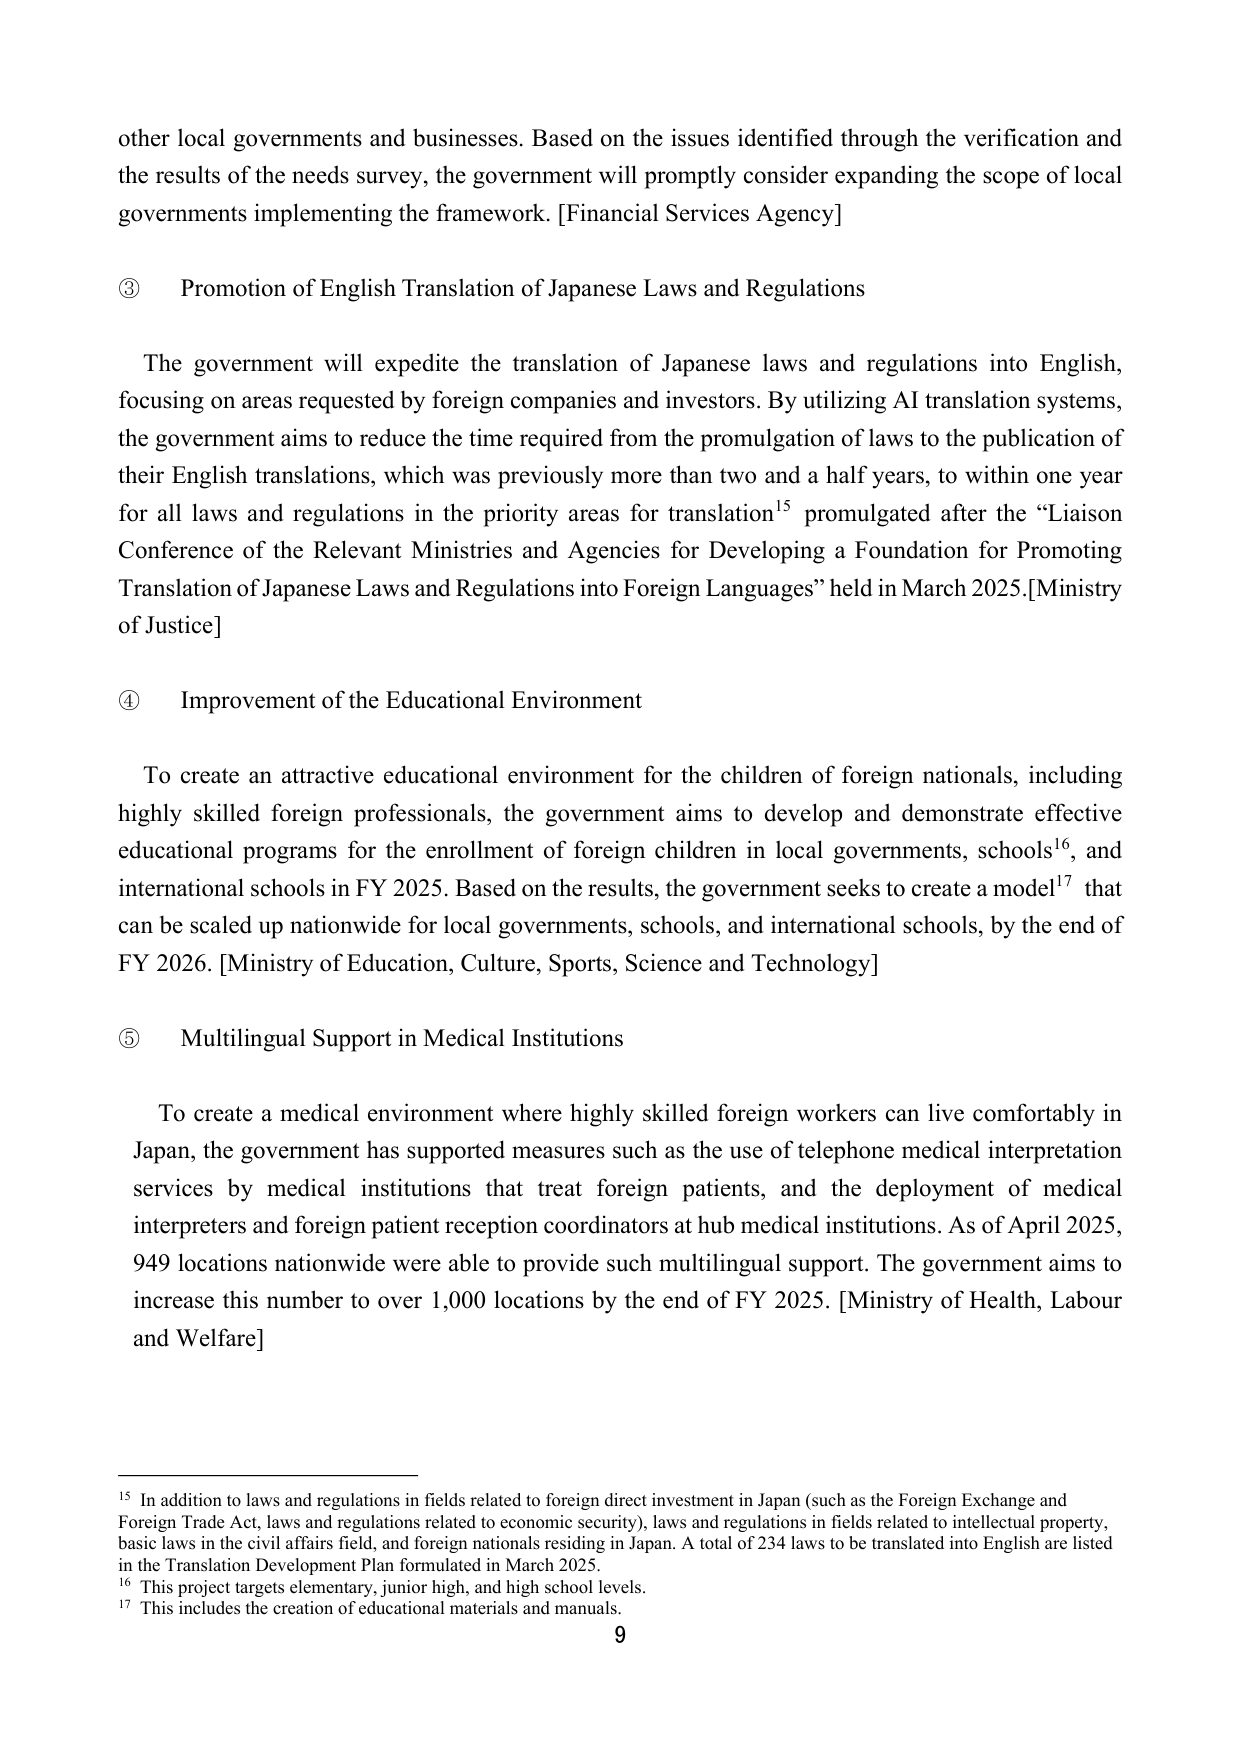
other local governments and businesses. Based on the issues identified through the verification and the results of the needs survey, the government will promptly consider expanding the scope of local governments implementing the framework. [Financial Services Agency]

③ Promotion of English Translation of Japanese Laws and Regulations

The government will expedite the translation of Japanese laws and regulations into English, focusing on areas requested by foreign companies and investors. By utilizing AI translation systems, the government aims to reduce the time required from the promulgation of laws to the publication of their English translations, which was previously more than two and a half years, to within one year for all laws and regulations in the priority areas for translation¹⁵ promulgated after the “Liaison Conference of the Relevant Ministries and Agencies for Developing a Foundation for Promoting Translation of Japanese Laws and Regulations into Foreign Languages” held in March 2025. [Ministry of Justice]

④ Improvement of the Educational Environment

To create an attractive educational environment for the children of foreign nationals, including highly skilled foreign professionals, the government aims to develop and demonstrate effective educational programs for the enrollment of foreign children in local governments, schools¹⁶, and international schools in FY 2025. Based on the results, the government seeks to create a model¹⁷ that can be scaled up nationwide for local governments, schools, and international schools, by the end of FY 2026. [Ministry of Education, Culture, Sports, Science and Technology]

⑤ Multilingual Support in Medical Institutions

To create a medical environment where highly skilled foreign workers can live comfortably in Japan, the government has supported measures such as the use of telephone medical interpretation services by medical institutions that treat foreign patients, and the deployment of medical interpreters and foreign patient reception coordinators at hub medical institutions. As of April 2025, 949 locations nationwide were able to provide such multilingual support. The government aims to increase this number to over 1,000 locations by the end of FY 2025. [Ministry of Health, Labour and Welfare]

¹⁵ In addition to laws and regulations in fields related to foreign direct investment in Japan (such as the Foreign Exchange and Foreign Trade Act, laws and regulations related to economic security), laws and regulations in fields related to intellectual property, basic laws in the civil affairs field, and foreign nationals residing in Japan. A total of 234 laws to be translated into English are listed in the Translation Development Plan formulated in March 2025.
¹⁶ This project targets elementary, junior high, and high school levels.
¹⁷ This includes the creation of educational materials and manuals.

9